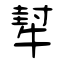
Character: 犎